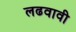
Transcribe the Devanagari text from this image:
लढवावी